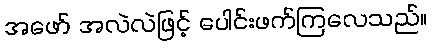
အဖော် အလဲလဲဖြင့် ပေါင်းဖက်ကြလေသည်။